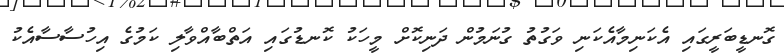
ގޮނޑީބަރީގައި އެކަނިމާއެކަނި ވަގުތު ގުނަމުން ދަނިކޮށް މީހަކު ކޮނޑުގައި އަތްބާއްވާލި ކަމުގެ އިހުސާސާއެކު